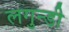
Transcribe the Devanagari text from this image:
लगुन्डी